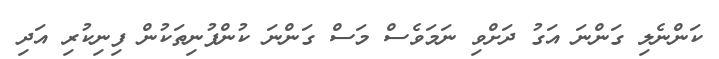
ކަންނެލި ގަންނަ އަގު ދަށްވި ނަމަވެސް މަސް ގަންނަ ކުންފުނިތަކުން ފިނިކުރި އަދި